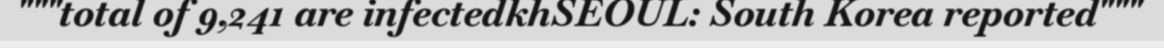
"""total of 9,241 are infectedkhSEOUL: South Korea reported"""